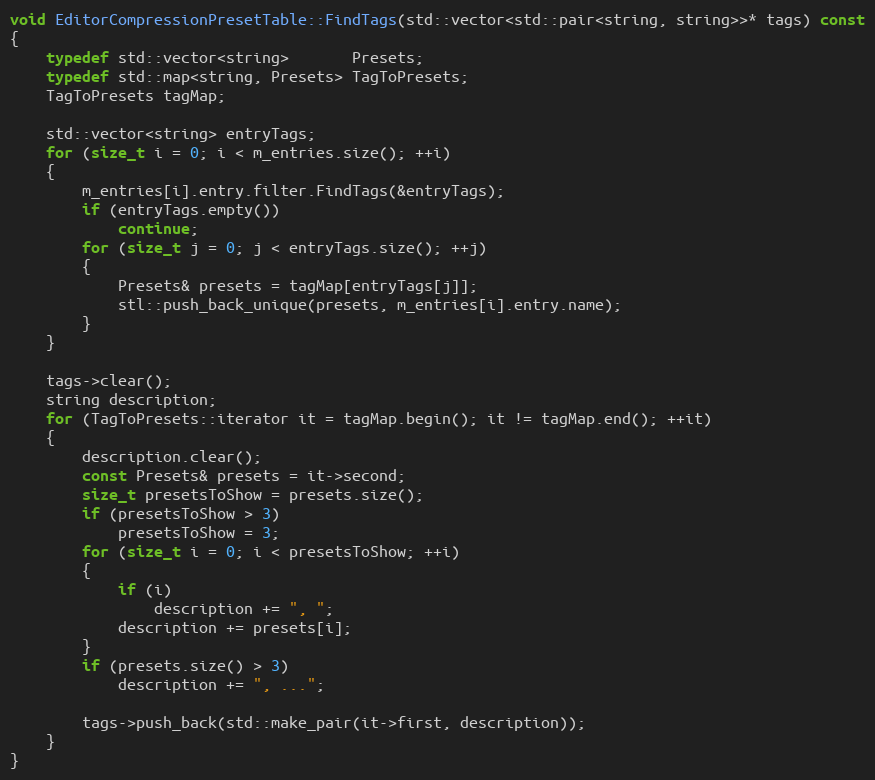
Language: C++
void EditorCompressionPresetTable::FindTags(std::vector<std::pair<string, string>>* tags) const
{
	typedef std::vector<string>       Presets;
	typedef std::map<string, Presets> TagToPresets;
	TagToPresets tagMap;

	std::vector<string> entryTags;
	for (size_t i = 0; i < m_entries.size(); ++i)
	{
		m_entries[i].entry.filter.FindTags(&entryTags);
		if (entryTags.empty())
			continue;
		for (size_t j = 0; j < entryTags.size(); ++j)
		{
			Presets& presets = tagMap[entryTags[j]];
			stl::push_back_unique(presets, m_entries[i].entry.name);
		}
	}

	tags->clear();
	string description;
	for (TagToPresets::iterator it = tagMap.begin(); it != tagMap.end(); ++it)
	{
		description.clear();
		const Presets& presets = it->second;
		size_t presetsToShow = presets.size();
		if (presetsToShow > 3)
			presetsToShow = 3;
		for (size_t i = 0; i < presetsToShow; ++i)
		{
			if (i)
				description += ", ";
			description += presets[i];
		}
		if (presets.size() > 3)
			description += ", ...";

		tags->push_back(std::make_pair(it->first, description));
	}
}